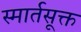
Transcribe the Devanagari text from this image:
स्मार्तसूक्त